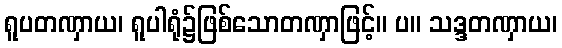
ရူပတဏှာယ၊ ရူပါရုံ၌ဖြစ်သောတဏှာဖြင့်။ ပ။ သဒ္ဒတဏှာယ၊